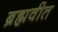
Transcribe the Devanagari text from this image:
ब्रह्मवीत